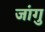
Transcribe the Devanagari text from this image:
जांगु